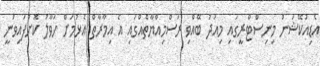
އެޑިއުކޭޝަން މިނިސްޓްރީގައި މިއަދު ބޭއްވި ރަސްމިއްޔާތެއްގައި އެ އިމާރާތް އެޅުމަށް ހަވާލު ކޮށްފައިވަނީ